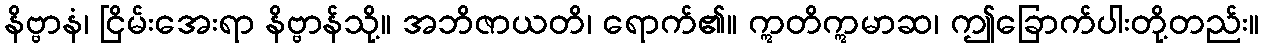
နိဗ္ဗာနံ၊ ငြိမ်းအေးရာ နိဗ္ဗာန်သို့။ အဘိဇာယတိ၊ ရောက်၏။ ဣတိဣမာဆ၊ ဤခြောက်ပါးတို့တည်း။